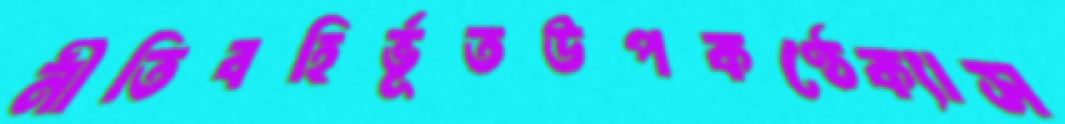
নীতিবহির্ভূতউপকণ্ঠেক্যাস